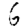
Digit: 6